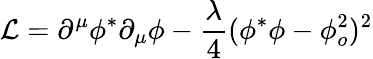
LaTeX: {\mathcal L}=\partial^{\mu}\phi^{*}\partial_{\mu}\phi-\frac{\lambda}{4}(\phi^{*}\phi-\phi_{o}^{2})^{2}